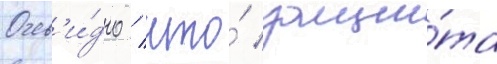
Очев'и́дно / что́ защи́та